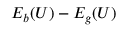
E _ { b } ( U ) - E _ { g } ( U )